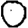
Digit: 0